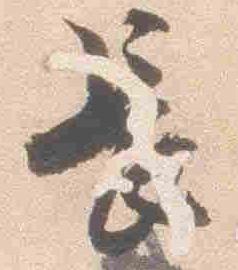
長